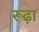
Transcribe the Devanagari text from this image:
रूढ़ा